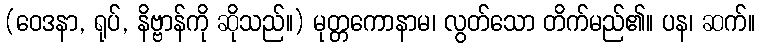
(ဝေဒနာ, ရုပ်, နိဗ္ဗာန်ကို ဆိုသည်။) မုတ္တကောနာမ၊ လွတ်သော တိက်မည်၏။ ပန၊ ဆက်။